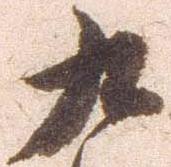
九